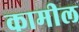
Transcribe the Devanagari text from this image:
कामील